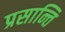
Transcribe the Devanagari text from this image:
प्रसान्ति